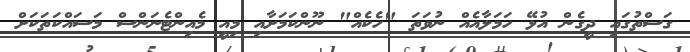
ގަސްތުގައި ދީގެން އުޅޭ ހަމަލާއެއް ނުވަތަ "ހެކެއް" ނޫންކަމަށާއި މިއީ މެއިންޓެނަންސް މަސައްކަތަކަށް